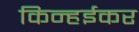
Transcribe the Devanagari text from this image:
किन्हईकर